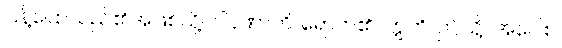
ပြန့်ပြောသည်၏အဖြစ်သို့။ ပါပုဏာတိ၊ ရောက်၏။ ဣတိ၊ ဤသို့။ အဝေါစ၊